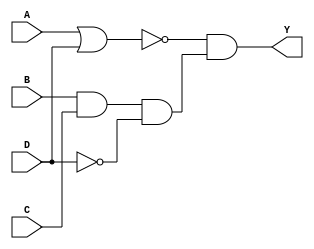

`timescale 1 ns / 1 ns

module comb_dataflow(Y, A, B, C, D);
  output wire Y;
  input wire A, B, C, D;
  
  assign Y  = (~(A|D))&(B&C&(~D));
endmodule